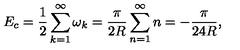
E _ { c } = \frac { 1 } { 2 } \sum _ { k = 1 } ^ { \infty } \omega _ { k } = \frac { \pi } { 2 R } \sum _ { n = 1 } ^ { \infty } n = - \frac { \pi } { 2 4 R } ,